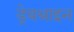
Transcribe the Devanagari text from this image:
ड्रेबश्राइन